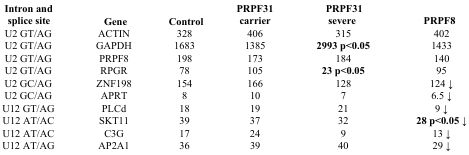
<table><thead><tr><td><b>Intron and splice site</b></td><td><b>Gene</b></td><td><b>Control</b></td><td><b>PRPF31 carrier</b></td><td><b>PRPF31 severe</b></td><td><b>PRPF8</b></td></tr></thead><tbody><tr><td>U2 GT/AG</td><td>ACTIN</td><td>328</td><td>406</td><td>315</td><td>402</td></tr><tr><td>U2 GT/AG</td><td>GAPDH</td><td>1683</td><td>1385</td><td><b>2993 p&lt;0.05</b></td><td>1433</td></tr><tr><td>U2 GT/AG</td><td>PRPF8</td><td>198</td><td>173</td><td>184</td><td>140</td></tr><tr><td>U2 GT/AG</td><td>RPGR</td><td>78</td><td>105</td><td><b>23 p&lt;0.05</b></td><td>95</td></tr><tr><td>U2 GC/AG</td><td>ZNF198</td><td>154</td><td>166</td><td>128</td><td>124 ↓</td></tr><tr><td>U2 GC/AG</td><td>APRT</td><td>8</td><td>10</td><td>7</td><td>6.5 ↓</td></tr><tr><td>U12 GT/AG</td><td>PLCd</td><td>18</td><td>19</td><td>21</td><td>9 ↓</td></tr><tr><td>U12 AT/AC</td><td>SKT11</td><td>39</td><td>37</td><td>32</td><td><b>28 p&lt;0.05 ↓</b></td></tr><tr><td>U12 AT/AC</td><td>C3G</td><td>17</td><td>24</td><td>9</td><td>13 ↓</td></tr><tr><td>U12 AT/AG</td><td>AP2A1</td><td>36</td><td>39</td><td>40</td><td>29 ↓</td></tr></tbody></table>